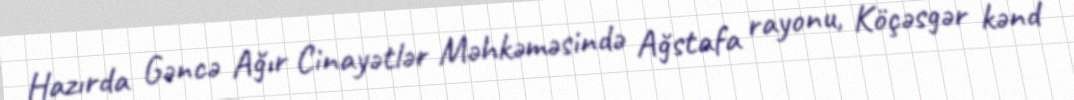
Hazırda Gəncə Ağır Cinayətlər Məhkəməsində Ağstafa rayonu, Köçəsgər kənd